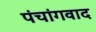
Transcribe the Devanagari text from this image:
पंचांगवाद